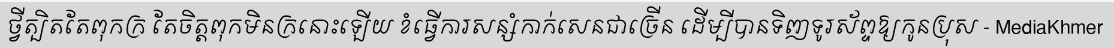
ថ្វីត្បិតតែពុកក្រ តែចិត្តពុកមិនក្រនោះឡើយ ខំធ្វើការសន្សំកាក់សេនជាច្រើន ដើម្បីបានទិញទូរស័ព្ទឱ្យកូនប្រុស - MediaKhmer